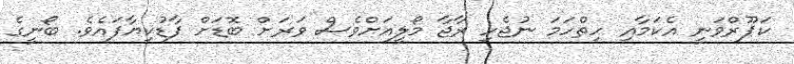
ކަޕޫރްވަނީ އެކަމާއި ހިތްހަމަ ނުޖެހި ރާޖާ މޯލީއަށްވެސް ވަރަށް ބޮޑަށް ފާޑުކިޔާފައެވެ. ބޯނީގެ